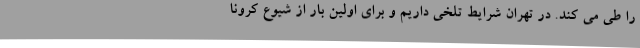
را طی می کند. در تهران شرایط تلخی داریم و برای اولین بار از شیوع کرونا